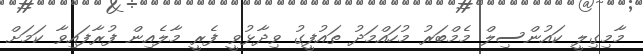
މާމިގިލީ ކައުންސިލް މެމްބަރު މުހައްމަދު ތައުފީގު ވިދާޅުވީ ފެރީ މާލެއިން ފުރާފައިވާ ކަމަށް